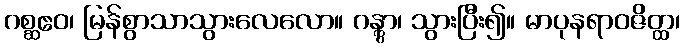
ဂစ္ဆဧဝ၊ မြန်စွာသာသွားလေလော။ ဂန္တွာ၊ သွားပြီး၍။ မာပုနရာဝဇိတ္ထ၊